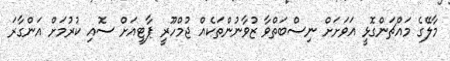
މާލޭގެ މައްޗަންގޮޅީ އަވަށަށް ނިސްބަތްވާ ޒުވާނުންތަކެއް ޖުމްހޫރީ ޕާޓީއަށް ސޮއި ކުރުމަށް އަންގާރަ